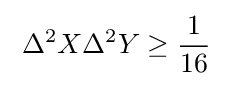
\;\Delta ^{2}X\Delta ^{2}Y\geq {\frac {1}{16}}